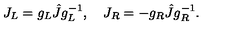
J _ { L } = g _ { L } \hat { J } g _ { L } ^ { - 1 } , \quad J _ { R } = - g _ { R } \hat { J } g _ { R } ^ { - 1 } .